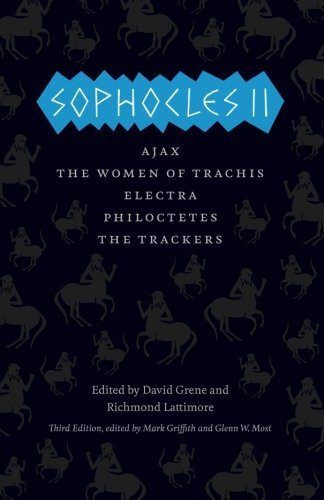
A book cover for Sophocles II: Ajax, The Women of Trachis, Electra, Philoctetes, The Trackers (The Complete Greek Tragedies); Sophocles; Literature & Fiction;